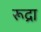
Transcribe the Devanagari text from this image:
रूद्रा